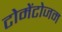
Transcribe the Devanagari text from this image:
टोमेंटोजम